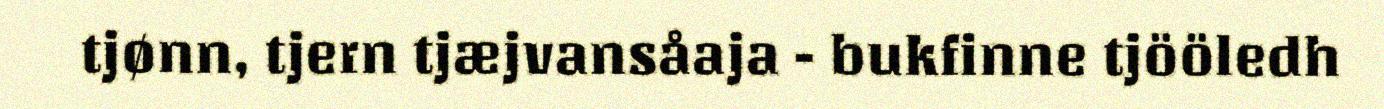
tjønn, tjern tjæjvansåaja - bukfinne tjööledh